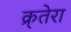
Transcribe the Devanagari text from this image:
क्र्तेरा